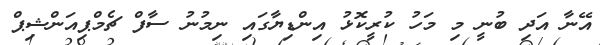
އޭނާ އަދި ބުނީ މި މަހު ކުރީކޮޅު އިންޑިޔާގައި ނިމުނު ސާފް ޗެމްޕިއަންޝިޕް